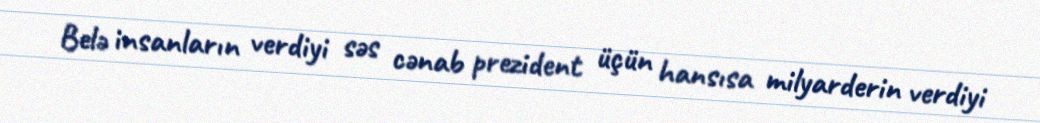
Belə insanların verdiyi səs cənab prezident üçün hansısa milyarderin verdiyi